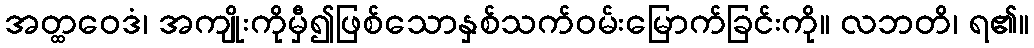
အတ္ထဝေဒံ၊ အကျိုးကိုမှီ၍ဖြစ်သောနှစ်သက်ဝမ်းမြောက်ခြင်းကို။ လဘတိ၊ ရ၏။